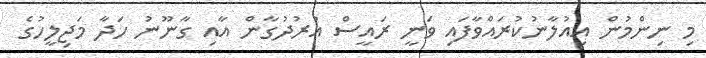
މި ނިންމުން އިއުލާނުކުރައްވާފައި ވަނީ ރައީސް އުރުދުގާން އާއި ގާނޫނު ހަދާ މަޖިލީހުގެ